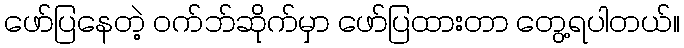
ဖော်ပြနေတဲ့ ဝက်ဘ်ဆိုက်မှာ ဖော်ပြထားတာ တွေ့ရပါတယ်။